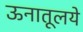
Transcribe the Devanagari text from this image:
ऊनातूलये